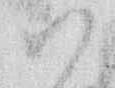
ハ